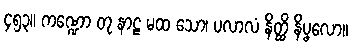
၄၅၃။ ကဏ္ဍော တု နာဠ မထ သော၊ ပလာလံ နိတ္ထိ နိပ္ဖလော။